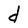
Character: d